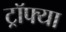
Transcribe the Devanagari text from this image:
ट्रॉफ्या